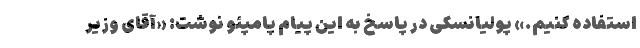
استفاده کنیم.» پولیانسکی در پاسخ به این پیام پامپئو نوشت: «آقای وزیر